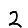
Digit: 2